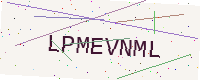
Text: LPMEVNML